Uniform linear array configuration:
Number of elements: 12
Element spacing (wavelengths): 0.25
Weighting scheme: exponential
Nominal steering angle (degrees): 15
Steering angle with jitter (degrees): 14.608
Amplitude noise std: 0.05
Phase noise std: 0.05

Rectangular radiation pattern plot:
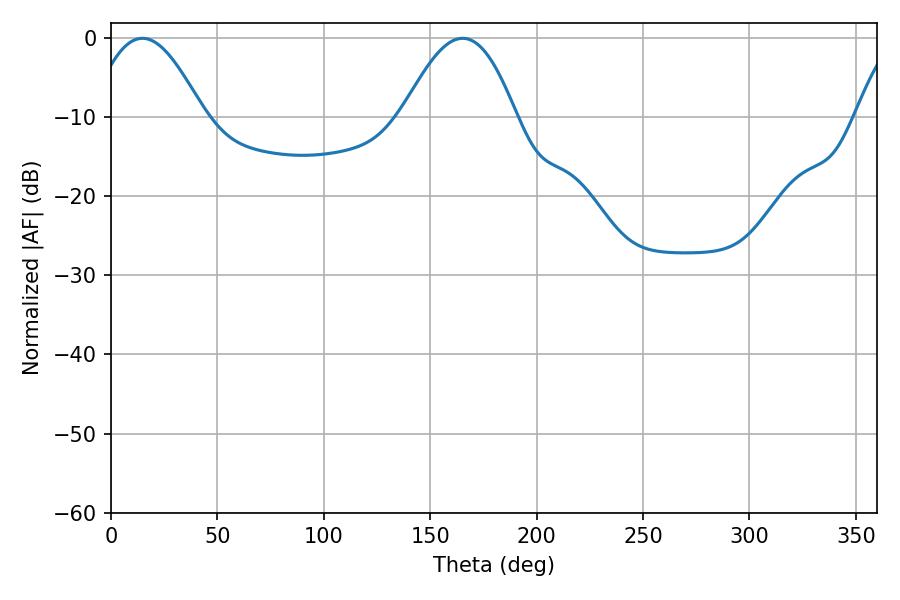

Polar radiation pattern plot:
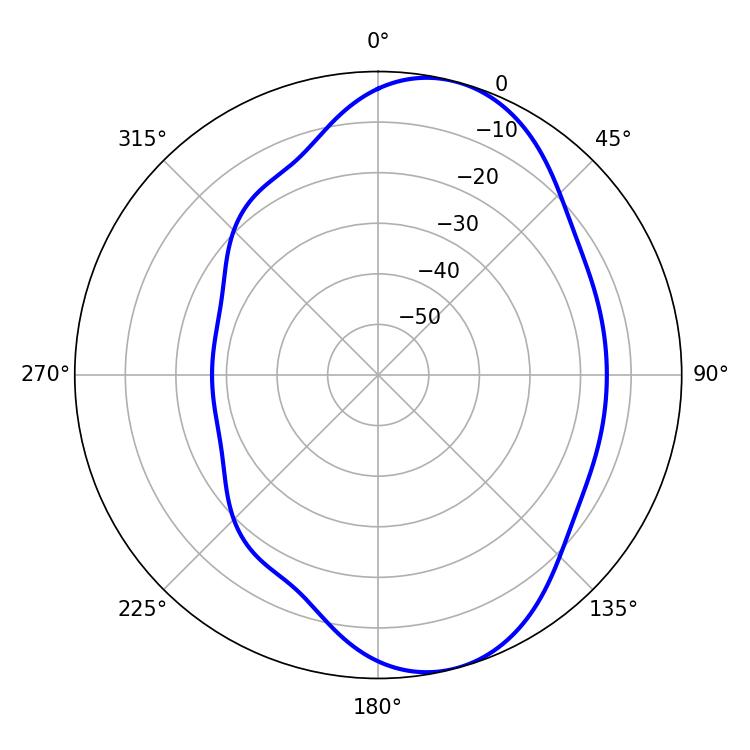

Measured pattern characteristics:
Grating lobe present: FALSE
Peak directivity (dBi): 7.746
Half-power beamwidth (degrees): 28.98
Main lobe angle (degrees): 14.76